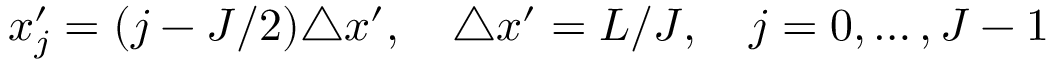
x _ { j } ^ { \prime } = ( j - J / 2 ) \triangle x ^ { \prime } , \quad \triangle x ^ { \prime } = L / J , \quad j = 0 , \dots , J - 1